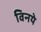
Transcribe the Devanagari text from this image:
विनये